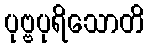
ပုဗ္ဗပုရိသောတိ